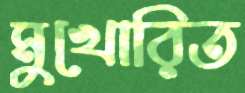
মুখোরিত